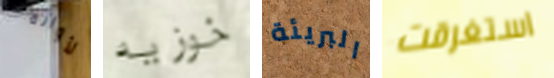
لأوانه خوزيه البريئة استغرقت